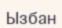
Ызбан